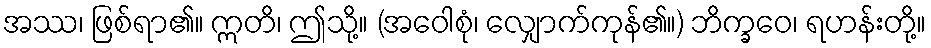
အဿ၊ ဖြစ်ရာ၏။ ဣတိ၊ ဤသို့။ (အဝေါစုံ၊ လျှောက်ကုန်၏။) ဘိက္ခဝေ၊ ရဟန်းတို့။